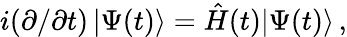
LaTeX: \begin{array}{r}{i(\partial/\partial t)\, |\Psi(t)\rangle=\hat{H}(t)|\Psi(t)\rangle\, ,}\end{array}